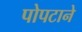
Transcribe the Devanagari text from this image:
पोपटाने